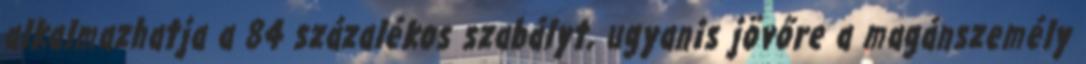
alkalmazhatja a 84 százalékos szabályt, ugyanis jövőre a magánszemély